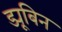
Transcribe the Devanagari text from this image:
ड्यूबिन